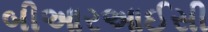
બીઆરઆઈસી